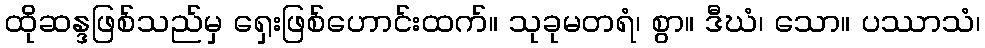
ထိုဆန္ဒဖြစ်သည်မှ ရှေးဖြစ်ဟောင်းထက်။ သုခုမတရံ၊ စွာ။ ဒီဃံ၊ သော။ ပဿာသံ၊